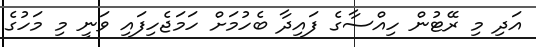
އަދި މި ރޭޓުން ހިއްސާގެ ފައިދާ ބެހުމަށް ހަމަޖެހިފައި ވަނީ މި މަހުގެ